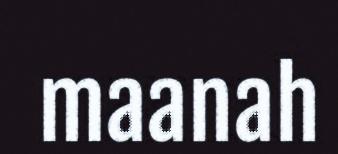
maanah